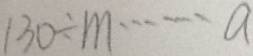
1 3 0 \div m \cdots a